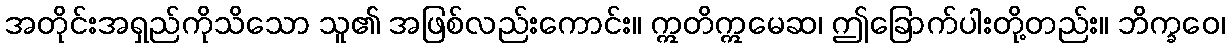
အတိုင်းအရှည်ကိုသိသော သူ၏ အဖြစ်လည်းကောင်း။ ဣတိဣမေဆ၊ ဤခြောက်ပါးတို့တည်း။ ဘိက္ခဝေ၊